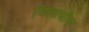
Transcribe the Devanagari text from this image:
जिलाधीष